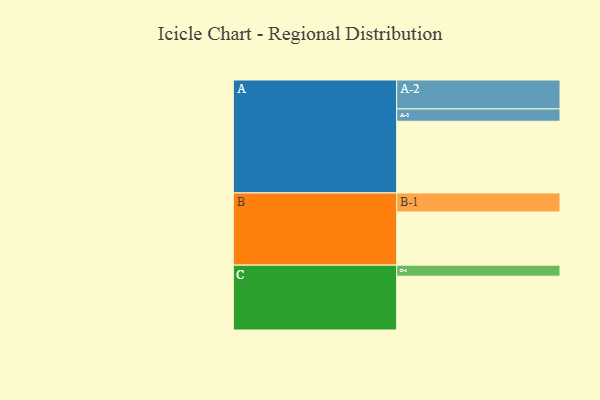
{"axis": {"x": "Segment", "y": "Value"}, "legend": ["", "A", "B", "C"], "data": [{"x": "A", "y": 577, "type": ""}, {"x": "B", "y": 428, "type": ""}, {"x": "C", "y": 433, "type": ""}, {"x": "A-1", "y": 99, "type": "A"}, {"x": "A-2", "y": 233, "type": "A"}, {"x": "B-1", "y": 153, "type": "B"}, {"x": "C-1", "y": 89, "type": "C"}]}